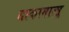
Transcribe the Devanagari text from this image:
ताकामात्सू